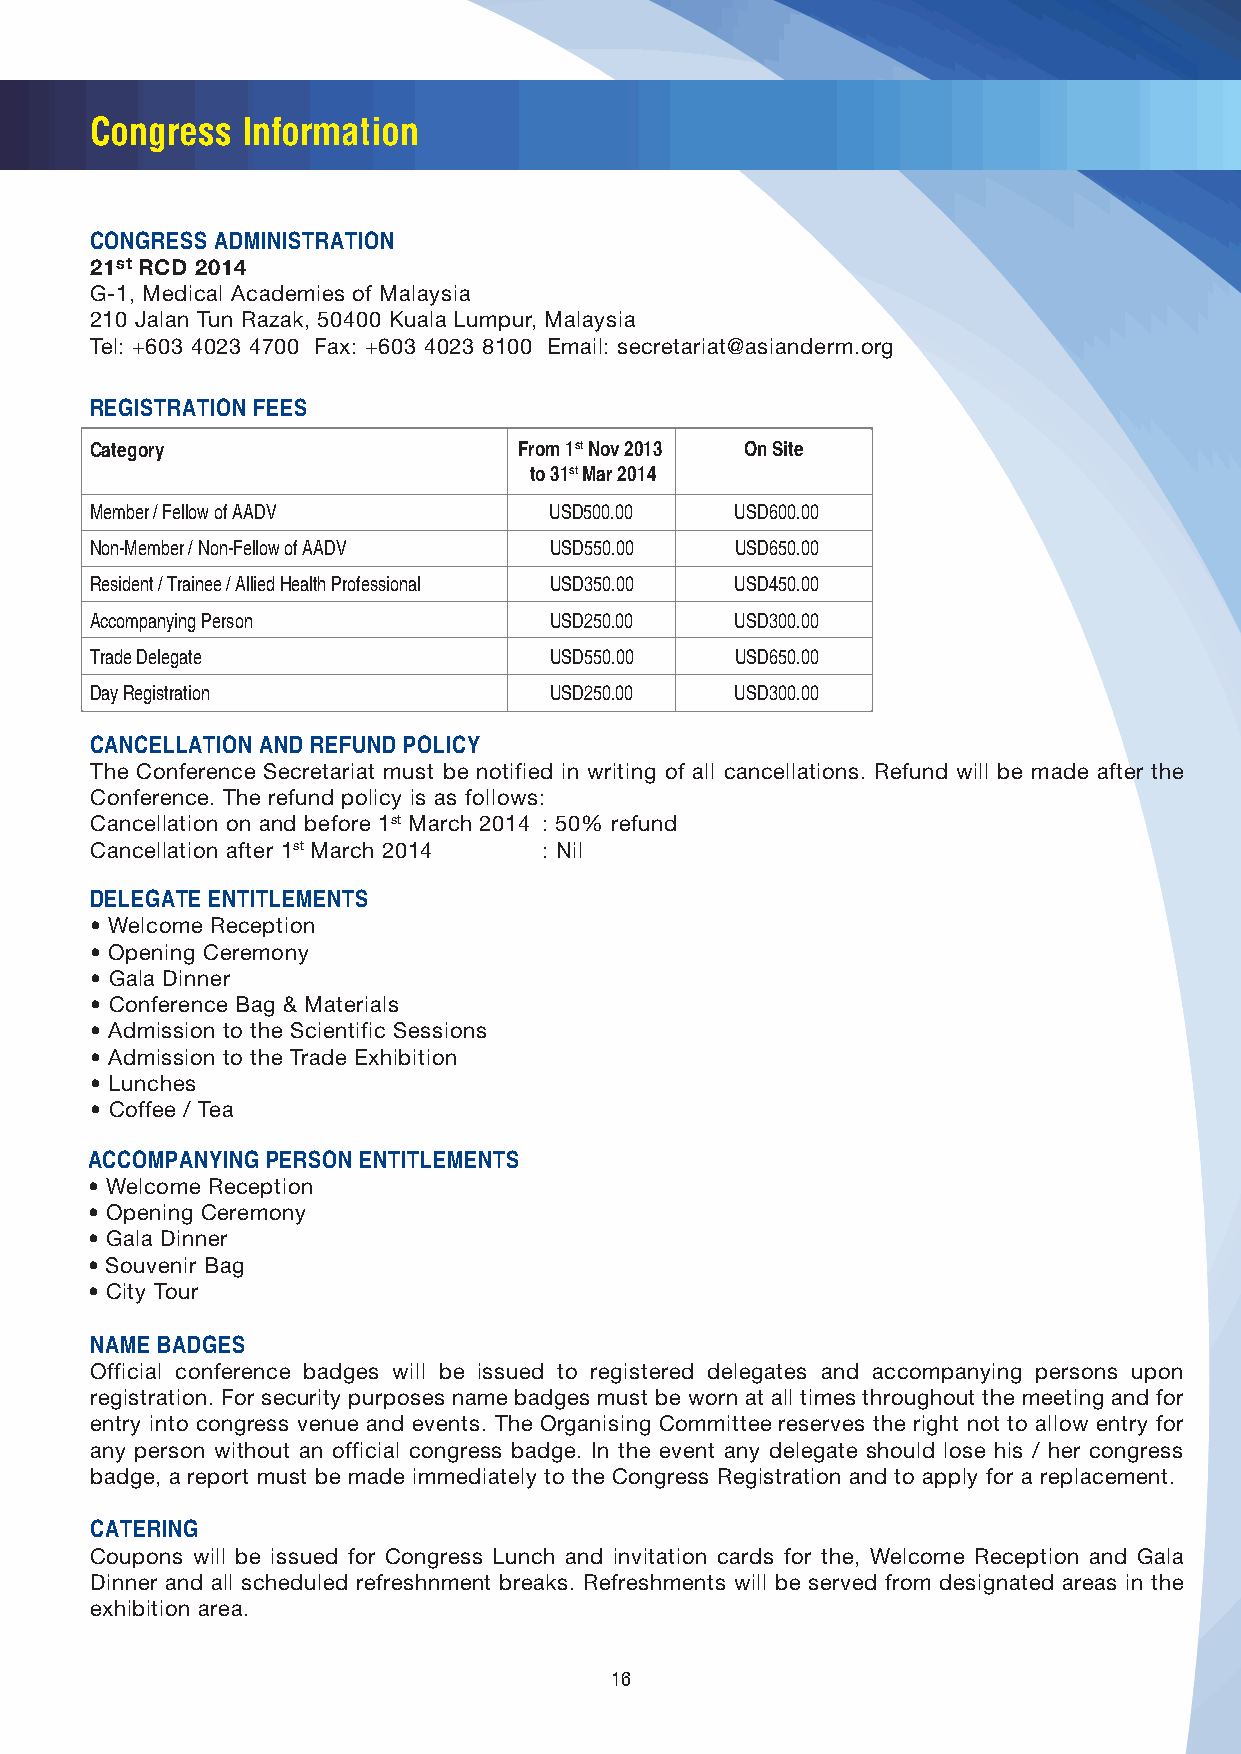
Congress  Information
 CONGRESS ADMINISTRATION
 21st RCD 2014
 G-1, Medical Academies of Malaysia
 210 Jalan Tun Razak, 50400 Kuala Lumpur, Malaysia
 Tel: +603 4023 4700 Fax: +603 4023 8100 Email: secretariat@asianderm.org
 REGISTRATION FEES
 Category                    From 1st Nov 2013 On Site
 to 31st Mar 2014
 Member / Fellow of AADV       USD500.00    USD600.00
 Non-Member / Non-Fellow of AADV USD550.00  USD650.00
 Resident / Trainee / Allied Health Professional USD350.00 USD450.00
 Accompanying Person           USD250.00    USD300.00
 Trade Delegate                USD550.00    USD650.00
 Day Registration              USD250.00    USD300.00
 CANCELLATION AND REFUND POLICY
 The Conference Secretariat must be notified in writing of all cancellations. Refund will be made after the
 Conference. The refund policy is as follows:
 Cancellation on and before 1st March 2014 : 50% refund
 Cancellation after 1st March 2014 : Nil
 DELEGATE ENTITLEMENTS
 • Welcome Reception
 • Opening Ceremony
 • Gala Dinner
 • Conference Bag & Materials
 • Admission to the Scientific Sessions
 • Admission to the Trade Exhibition
 • Lunches
 • Coffee / Tea
 ACCOMPANYING PERSON ENTITLEMENTS
 • Welcome Reception
 • Opening Ceremony
 • Gala Dinner
 • Souvenir Bag
 • City Tour
 NAME BADGES
 Official conference badges will be issued to registered delegates and accompanying persons upon
 registration. For security purposes name badges must be worn at all times throughout the meeting and for
 entry into congress venue and events. The Organising Committee reserves the right not to allow entry for
 any person without an official congress badge. In the event any delegate should lose his / her congress
 badge, a report must be made immediately to the Congress Registration and to apply for a replacement.
 CATERING
 Coupons will be issued for Congress Lunch and invitation cards for the, Welcome Reception and Gala
 Dinner and all scheduled refreshnment breaks. Refreshments will be served from designated areas in the
 exhibition area.
 16